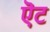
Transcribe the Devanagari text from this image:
ऎट